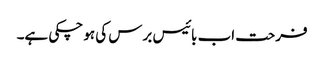
فرحت اب بائیس برس کی ہو چکی ہے۔